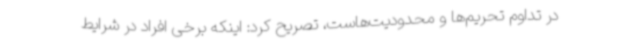
در تداوم تحریم‌ها و محدودیت‌هاست، تصریح کرد: اینکه برخی افراد در شرایط